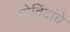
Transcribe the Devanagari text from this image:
गोविंदांचे